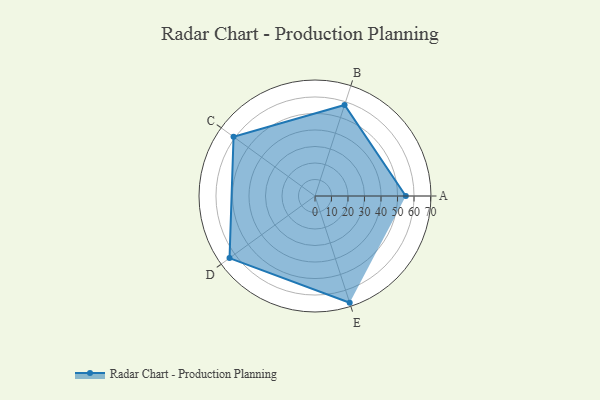
{"axis": {"x": "Skill", "y": "Score"}, "legend": ["Profile"], "data": [{"x": "A", "y": 55.0, "type": "Profile"}, {"x": "B", "y": 58.0, "type": "Profile"}, {"x": "C", "y": 61.0, "type": "Profile"}, {"x": "D", "y": 64.0, "type": "Profile"}, {"x": "E", "y": 68.0, "type": "Profile"}]}